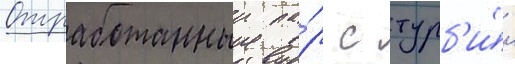
Отработанныи па́р с турб'и́н